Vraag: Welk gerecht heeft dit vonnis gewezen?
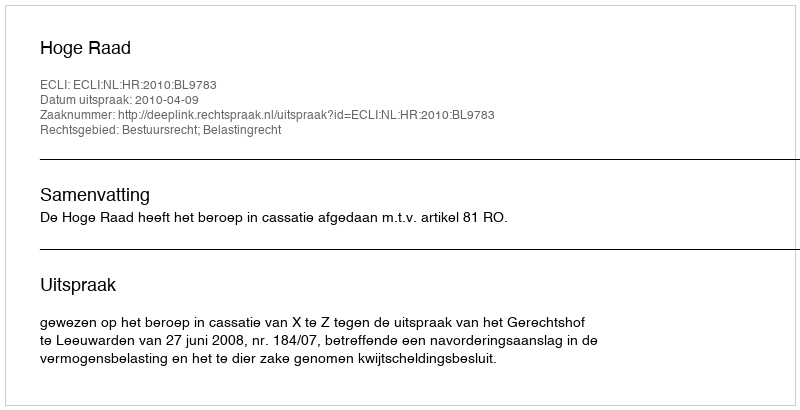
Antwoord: Hoge Raad